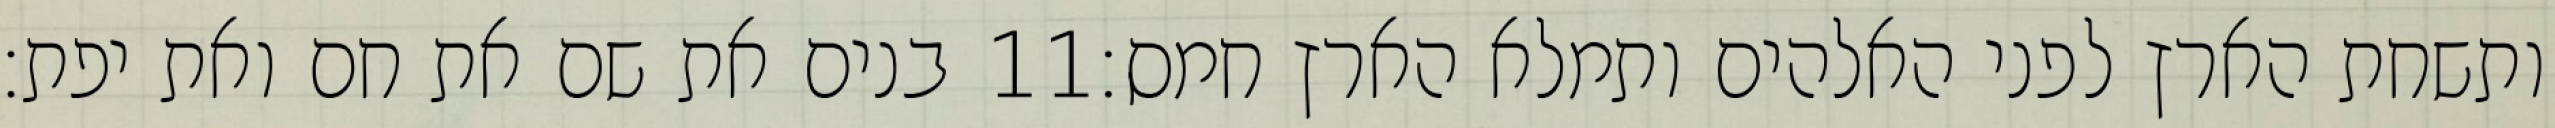
בנים את שם את חם ואת יפת׃ ‎11‏ ותשחת הארץ לפני האלהים ותמלא הארץ חמס׃